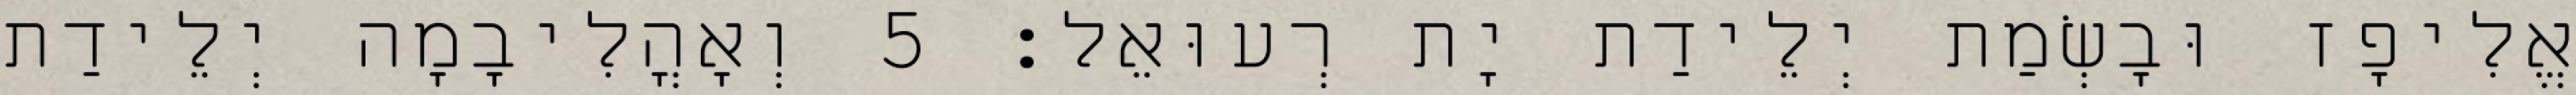
אֱלִיפָז וּבָשְׂמַת יְלֵידַת יָת רְעוּאֵל׃ 5 וְאָהֳלִיבָמָה יְלֵידַת